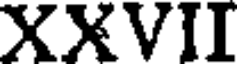
XXVII